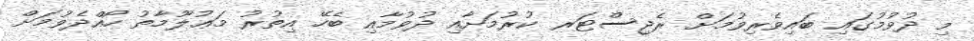
މި ދުވުމުގައި ބައިވެރިވުމަށް ރެޖިސްޓަރ ކުރުމަށާއި ދުވުމާއި ބެހޭ އިތުރު މަޢުލޫމާތު ހޯއްދެވުމަށް